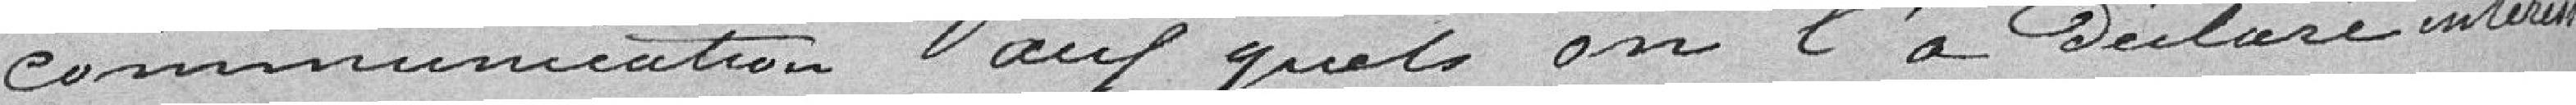
communication aux quels on l'a déclaré intéressée .